Indian journal of veterinary science and animal husbandry - Volumes 26-27, 1956-1957
Year: 1956
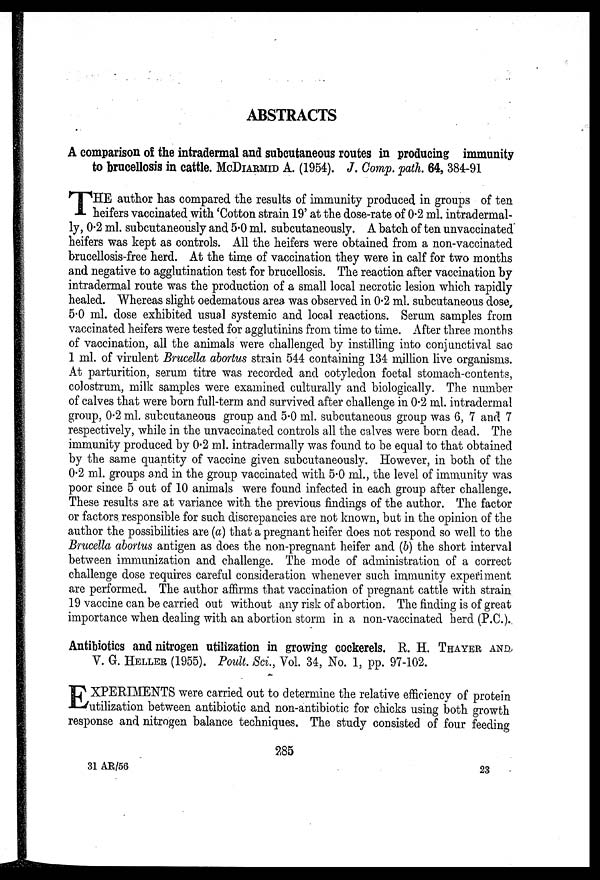
ABSTRACTS
A comparison of the intradermal and subcutaneous routes in producing immunity
to brucellosis in cattle. McDIARMID A. (1954). J. Comp. path. 64, 384-91
T HE author has compared the results of immunity produced in groups of ten
heifers vaccinated with 'Cotton strain 19' at the dose-rate of 0.2 ml. intradermal-
ly, 0.2 ml. subcutaneously and 5.0 ml. subcutaneously. A batch of ten unvaccinated
heifers was kept as controls. All the heifers were obtained from a non-vaccinated
brucellosis-free herd. At the time of vaccination they were in calf for two months
and negative to agglutination test for brucellosis. The reaction after vaccination by
intradermal route was the production of a small local necrotic lesion which rapidly
healed. Whereas slight oedematous area was observed in 0.2 ml. subcutaneous dose,
5.0 ml. dose exhibited usual systemic and local reactions. Serum samples from
vaccinated heifers were tested for agglutinins from time to time. After three months
of vaccination, all the animals were challenged by instilling into conjunctival sac
1 ml. of virulent Brucella abortus strain 544 containing 134 million live organisms.
At parturition, serum titre was recorded and cotyledon foetal stomach-contents,
colostrum, milk samples were examined culturally and biologically. The number
of calves that were born full-term and survived after challenge in 0.2 ml. intradermal
group, 0.2 ml. subcutaneous group and 5.0 ml. subcutaneous group was 6, 7 and 7
respectively, while in the unvaccinated controls all the calves were born dead. The
immunity produced by 0.2 ml. intradermally was found to be equal to that obtained
by the same quantity of vaccine given subcutaneously. However, in both of the
0.2 ml. groups and in the group vaccinated with 5.0 ml., the level of immunity was
poor since 5 out of 10 animals were found infected in each group after challenge.
These results are at variance with the previous findings of the author. The factor
or factors responsible for such discrepancies are not known, but in the opinion of the
author the possibilities are (a) that a pregnant heifer does not respond so well to the
Brucella abortus antigen as does the non-pregnant heifer and (b) the short interval
between immunization and challenge. The mode of administration of a correct
challenge dose requires careful consideration whenever such immunity experiment
are performed. The author affirms that vaccination of pregnant cattle with strain
19 vaccine can be carried out without any risk of abortion. The finding is of great
importance when dealing with an abortion storm in a non-vaccinated herd (P.C.).
Antibiotics and nitrogen utilization in growing cockerels. R. H. THAYER AND
V. G. HELLER (1955). Poult. Sci., Vol. 34, No. 1, pp. 97-102.
E XPERIMENTS were carried out to determine the relative efficiency of protein
utilization between antibiotic and non-antibiotic for chicks using both growth
response and nitrogen balance techniques. The study consisted of four feeding
285
31 AR/56
23